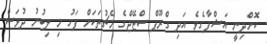
ކޮށްދިނީ އަޝްފާގެވެ އަދި ގްރޫޕް ސްޓޭޖްގެ މެޗުތަކަށް ފަހު މި ލިބުނު ދުވަސް